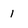
Character: 1